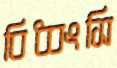
বিধ্বংসি